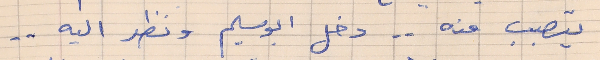
يتصبب منه . دخل ابو سليم ونظر اليه . .